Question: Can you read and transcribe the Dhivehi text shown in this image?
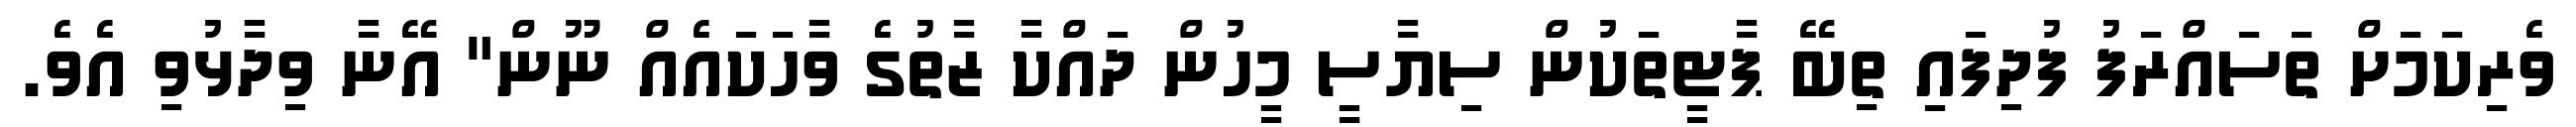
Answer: ވެރިކަމަށް ތަސައްރަފު ފުދިފައި ތިބޭ ޕާޓީތަކުން ސިޔާސީ މީހުން ދައްކާ ޒާތުގެ ވާހަކައެއް ނޫން" އޭނާ ވިދާޅުވި އެވެ.